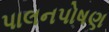
પાલનપોષણ